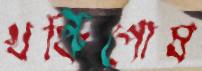
খঞ্চিপোষ